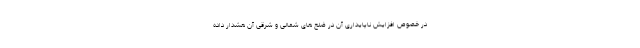
در خصوص افزایش ناپایداری آن در ضلع های شمالی و شرقی آن هشدار داده